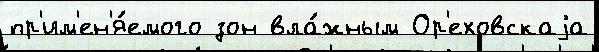
пр'им'ен'я́емого зон вла́жным Ор'еховскаjа